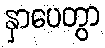
နှာပေတွာ